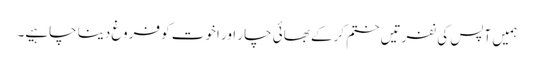
ہمیں آپس کی نفرتیں ختم کرکے بھائی چار اور اخوت کو فروغ دینا چاہیے۔